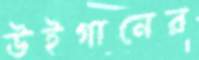
উইগানের